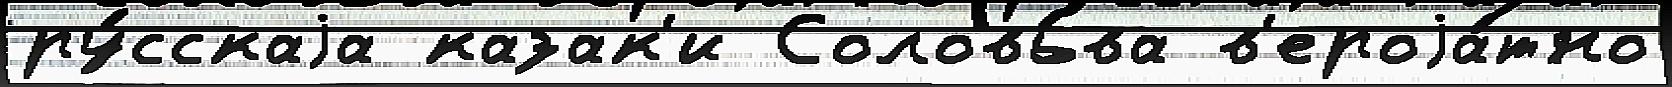
ру́сскаjа казак'и Соловь́ва в'ероjа́тно